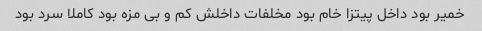
خمیر بود داخل پیتزا خام بود مخلفات داخلش کم و بی مزه بود کاملا سرد بود